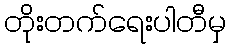
တိုးတက်ရေးပါတီမှ